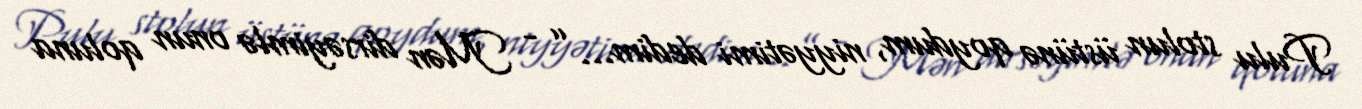
Pulu stolun üstünə qoydum, niyyətimi dedim...” - Mən dirsəyimlə onun qoluna